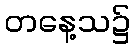
တနေ့သ၌